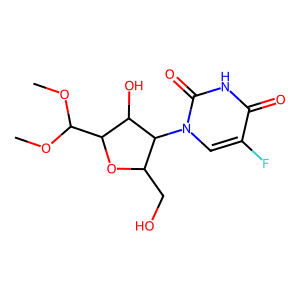
SMILES: COC(OC)C1OC(CO)C(n2cc(F)c(=O)[nH]c2=O)C1O
Inhibits HIV replication: No